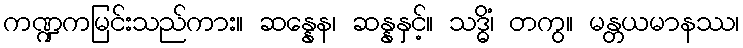
ကဏ္ဍကမြင်းသည်ကား။ ဆန္နေန၊ ဆန္နနှင့်။ သဒ္ဓိံ၊ တကွ။ မန္တယမာနဿ၊